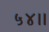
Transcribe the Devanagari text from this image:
५४।।